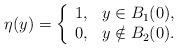
LaTeX: \begin{align*}\eta(y)=\left\{\begin{array}{ll}1, & y\in B_1(0), \\0, & y\notin B_2(0).\end{array}\right.\end{align*}